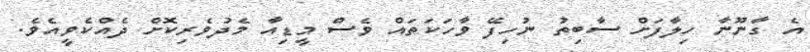
އެ ގާނޫނާ ހިލާފަށް ސާބިތު ނުހިފޭ ވާހަކަތައް ވެސް މީޑިއާ މެދުވެރިކޮށް ދެއްކެވީއެވެ.